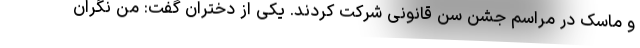
و ماسک در مراسم جشن سن قانونی شرکت کردند. یکی از دختران گفت: من نگران